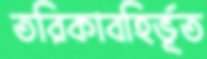
তরিকাবহির্ভূত